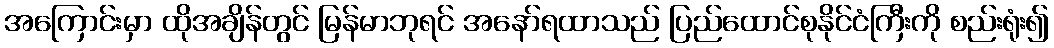
အကြောင်းမှာ ထိုအချိန်တွင် မြန်မာဘုရင် အနော်ရထာသည် ပြည်ထောင်စုနိုင်ငံကြီးကို စည်းရုံး၍